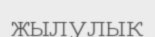
жылулык